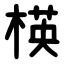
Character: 楧